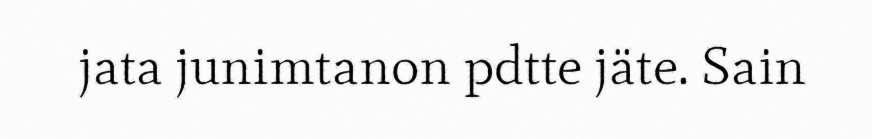
jata junimtanon pdtte jäte. Sain